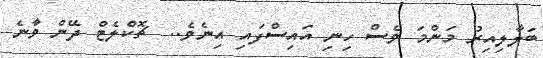
ބަލާލިއިރު މަންމަ ވެސް ހިނި އައިސްފައި އިނެވެ..  ޗޮކްލެޓް ދޭން ވާނެ